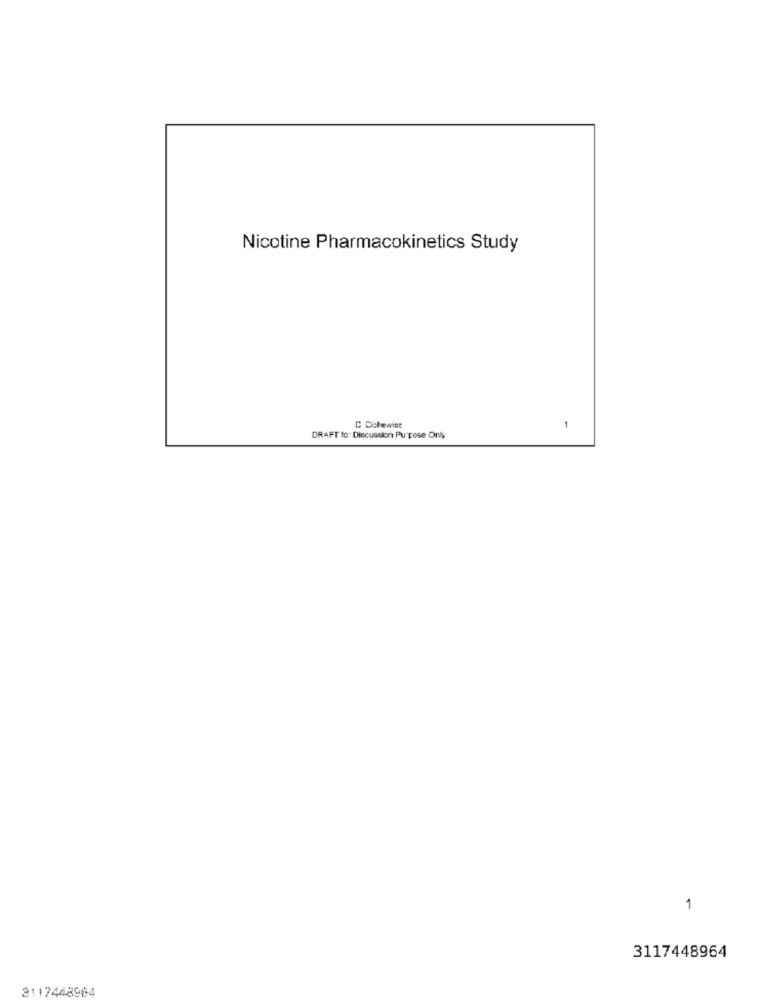
Nicotine Pharmacokinetics Study
C Ochewine
1
DRAFT to. Discussion Pu pose Only
1
3117448964
3117448984